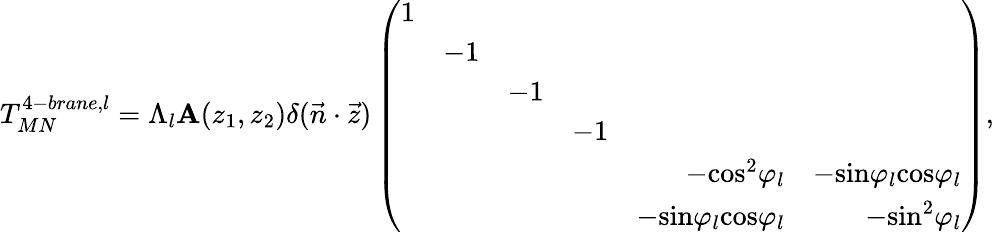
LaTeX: T_{MN}^{4-brane,l}=\Lambda_{l}\mathbf{A}(z_{1},z_{2})\delta(\vec{{n}}\cdot\vec{{z}})\left(\begin{array}{rrrrrr}{{1}}&{{}}&{{}}&{{}}&{{}}&{{}}\\ {{}}&{{-1}}&{{}}&{{}}&{{}}&{{}}\\ {{}}&{{}}&{{-1}}&{{}}&{{}}&{{}}\\ {{}}&{{}}&{{}}&{{-1}}&{{}}&{{}}\\ {{}}&{{}}&{{}}&{{}}&{{-\mathrm{cos}^{2}\varphi_{l}}}&{{-\mathrm{sin}\varphi_{l}\mathrm{cos}\varphi_{l}}}\\ {{}}&{{}}&{{}}&{{}}&{{-\mathrm{sin}\varphi_{l}\mathrm{cos}\varphi_{l}}}&{{-\mathrm{sin}^{2}\varphi_{l}}}\end{array}\right),